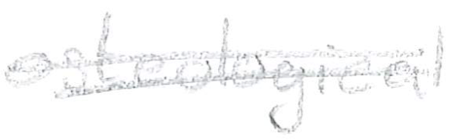
Text: osteological
Cross-out: double-line
Writing tool: pencil